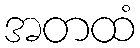
အတထံ